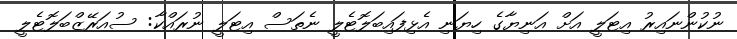
ނުކުންނައިރު އިޓަލީ އަށް އަނިޔާގެ ހިޔަނި އެޅިފައިބަލޮޓެލީ ނެތަސް އިޓަލީ ނުރައްކާ: ސުއަރޭޒްބަލޮޓެލީ